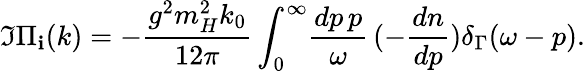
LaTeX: \Im\Pi_{\mathbf{i}}(k)=-\frac{{g^{2}m_{H}^{2}k_{0}}}{{12\pi}}\int_{0}^{\infty}\! \frac{{dp\, p}}{{\omega}}\, (-\frac{{dn}}{{dp}})\delta_{\Gamma}(\omega-p).